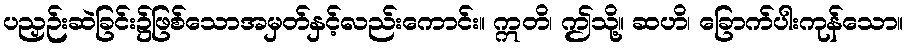
ပညှဉ်းဆဲခြင်း၌ဖြစ်သောအမှတ်နှင့်လည်းကောင်း။ ဣတိ၊ ဤသို့။ ဆဟိ၊ ခြောက်ပါးကုန်သော။